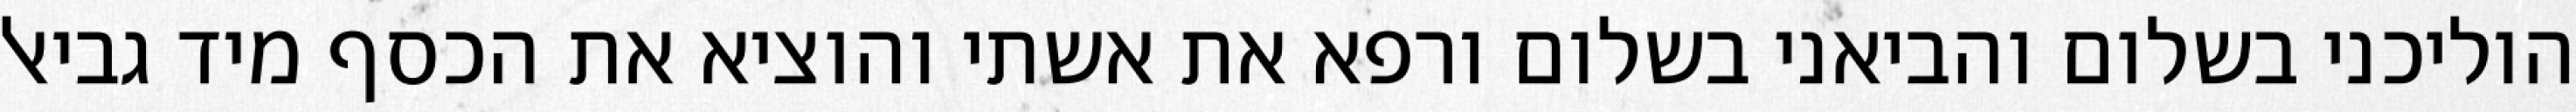
הוליכני בשלום והביאני בשלום ורפא את אשתי והוציא את הכסף מיד גביאל